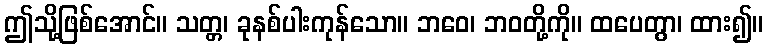
ဤသို့ဖြစ်အောင်။ သတ္တ၊ ခုနစ်ပါးကုန်သော။ ဘဝေ၊ ဘဝတို့ကို။ ထပေတွာ၊ ထား၍။